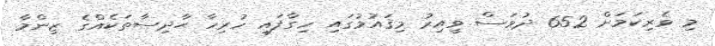
މި ވެރިކަމަށް 652 ދުވަސް ވީއިރު މިޤައުމުގައި ހިގާފައި ހުރިހާ ޙާދިސާތަކެއްގެ ޒިންމާ